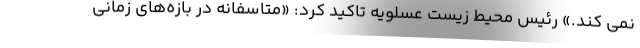
نمی کند.» رئیس محیط زیست عسلویه تاکید کرد: «متاسفانه در بازه‌های زمانی